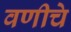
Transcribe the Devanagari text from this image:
वणीचे